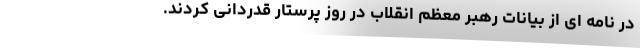
در نامه ای از بیانات رهبر معظم انقلاب در روز پرستار قدردانی کردند.